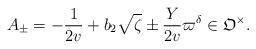
LaTeX: \begin{align*}A_{\pm} = -\frac{1}{2v}+b_2\sqrt{\zeta}\pm \frac{Y}{2v}\varpi^{\delta} \in \mathfrak{O}^{\times}. \end{align*}